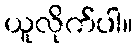
ယူလိုက်ပါ။